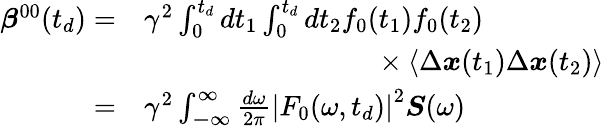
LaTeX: \begin{array}{rl}{\boldsymbol{\beta}^{00}(t_{d})=}&{\gamma^{2}\int_{0}^{t_{d}}dt_{1}\int_{0}^{t_{d}}dt_{2}f_{0}(t_{1})f_{0}(t_{2})}\\ &{\hphantom{\gamma^{2}\int_{0}^{t_{d}}dt_{1}\int_{0}^{t_{d}}dt_{2}f_{G}}\times\left\langle\Delta\boldsymbol{x}(t_{1})\Delta\boldsymbol{x}(t_{2})\right\rangle}\\ {=}&{\gamma^{2}\int_{\mathbb{-\infty}}^{\infty}\frac{d\omega}{2\pi}\left|F_{0}(\omega,t_{d})\right|^{2}\boldsymbol{S}(\omega)}\end{array}